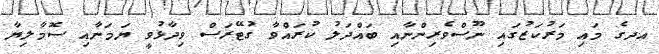
އދގެ މައި މަރުކަޒުގައި ނޫސްވެރިންނާއި ބައްދަލު ކުރައްވާ ގުޓޭރަސް ވިދާޅުވީ ޔަމަނާއި ސޮމާލިޔާ